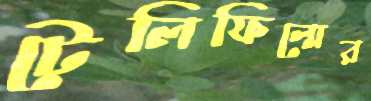
টেলিফিল্মের